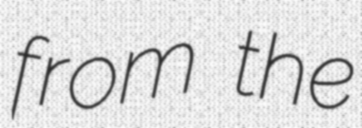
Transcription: from the